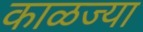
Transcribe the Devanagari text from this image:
काळज्या